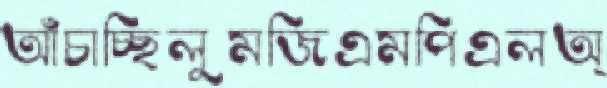
আঁচাচ্ছিলুমজিএমপিএলঅ্